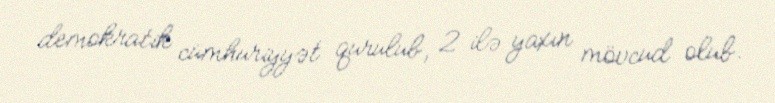
demokratik cümhuriyyət qurulub, 2 ilə yaxın mövcud olub.